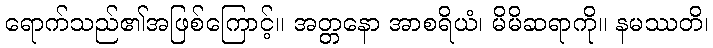
ရောက်သည်၏အဖြစ်ကြောင့်။ အတ္တနော အာစရိယံ၊ မိမိဆရာကို။ နမဿတိ၊